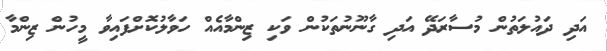
އަދި ދައުލަތުން މުސާރަދޭ އަދި ގާނޫނުތަކުން ވަކި ޒިންމާއެއް ހަވާލުކޮށްފައިވާ މީހުން ޒިންމާ